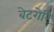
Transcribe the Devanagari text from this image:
बेटगेरि